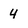
Character: 4